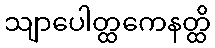
သျာပေါတ္ထကေနတ္ထိ